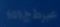
عصری ج 1000